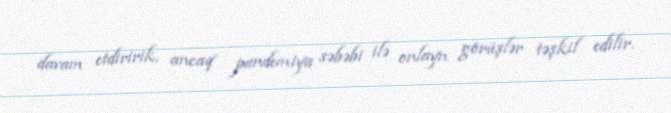
davam etdiririk, ancaq pandemiya səbəbi ilə onlayn görüşlər təşkil edilir.